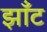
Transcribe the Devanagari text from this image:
झाँट